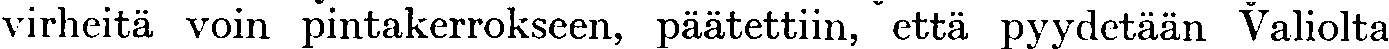
virheitä voin pintakerrokseen, päätettiin, että pyydetään Valiolta